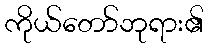
ကိုယ်တော်ဘုရား၏